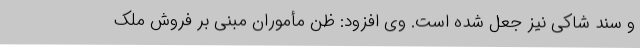
و سند شاکی نیز جعل شده است. وی افزود: ظن مأموران مبنی بر فروش ملک